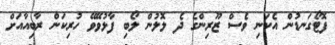
ފޮޓޯގަނޑުން އެކަނި ވެސް ޒޫރިންގެ ދެ ލޮލުން ލޯބި ފާޅުވޭވޭ ހުރިކަން ރާބިއާއަށް